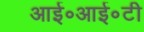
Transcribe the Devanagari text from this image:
आई॰आई॰टी